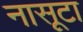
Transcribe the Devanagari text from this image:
नासूटा